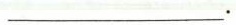
___。